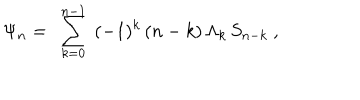
\Psi _ { n } = \ \sum _ { k = 0 } ^ { n - 1 } \ ( - 1 ) ^ { k } \, ( n - k ) \, \Lambda _ { k } \, S _ { n - k } \ ,